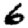
Digit: 6